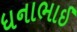
ધનાભાઈ